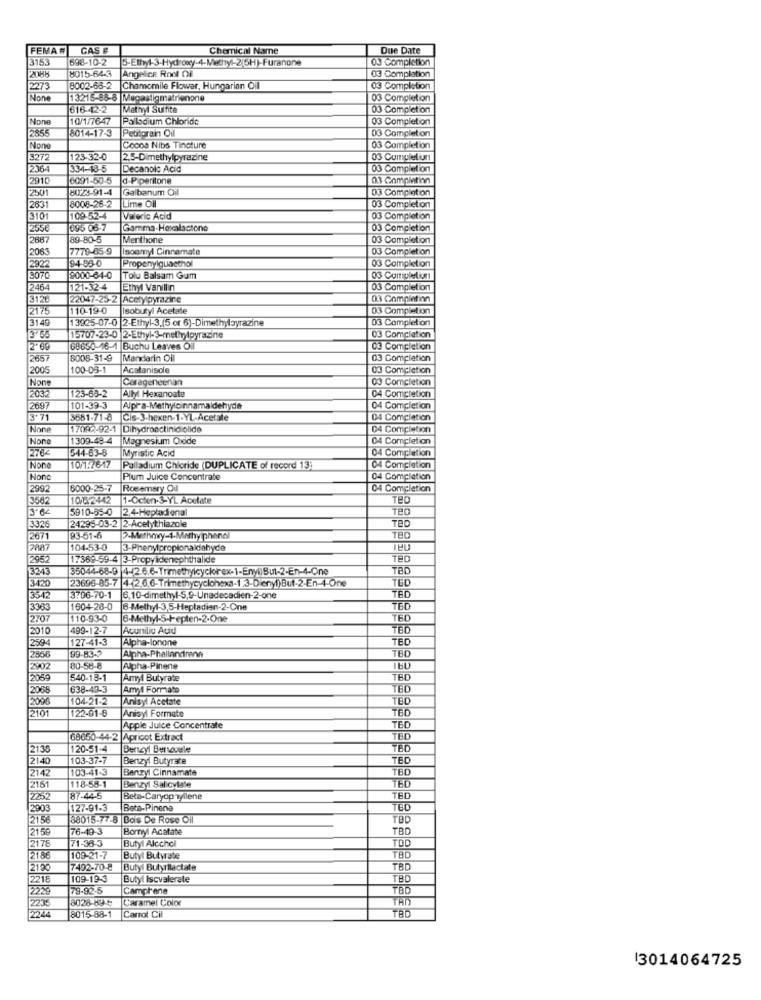
FEMA #
CAS #
Chemical Name
Due Date
3753
698-10-2
03 Completion
8015-64-3
2088
Angelice Rool Ci
03 Completion
273
8002-68-2
Chamomile Flower, Hungarian Oil
03 Completion
13215-88-8 Megastigmatrienone
03 Completion
616-42-2
Methyl Sulfite
03 Completion
10/1/7647
Palladium Chloride
03 Completion
8014-17-3
Petitgrain Oil
03 Completion
2856
Cocos Nibs Tincture
03 Completion
3272
123-32-0
2.5-Dimethylpyrazine
03 Cumuleliun
2364
334-18-5
Decanoic Acid
1ª
291C
6091-50-5
d-Piperitone
03 Completinn
2501
8UZ3-91-4
Galbanum Oil
03 Completion
8008-26-2
Lime Oil
2631
03 Completion
3101
109-52-4
Valeric Acid
03 Completion
12556
695 06-7
Gamma-Hexalactone
03 Completion
2887
89-80-5
Menthone
03 Completion
2063
7779-85-9
Isoemyl Cinnamate
03 Completion
94-95-0
Propenylquasthol
03 Completion
2922
3070
9000-64-0
Tolu Balsam Gum
03 Cumuleliun
2464
121-32-4
Ethyl Vanillin
03 Completion
3126
22047-25-2 Acetypyrazine
03 Completion
2175
110-19-0
Isobutyl Acetate
03 Completion
3149
13925-07-0 2-Ethyl-3,(5 or 6)-Dimethylbyrazine
03 Completion
13 65
15707-23-0 2-Ethyl-3-methylpyrazine
03 Completion
2-69
68650-16-1|Buchu Leaves Of
03 Completion
2657
8008-31-9
Mandarin Oil
03 Completion
2005
100-05-1
Acetaniscle
03 Completion
Carageneenan
03 Completion
123-65-2
2032
Ally Hexanoate
04 Completion
2697
101-39-3
Alpha-Methylcinnamaldehyde
04 Completion
3.71
3681-71-8
Cis-3-hexen-1-YL-Acetale
04 Completion
17092-92-1 Dihydroactinic olide
04 Completion
Non
1309-48-4 Magnesium Oxide
04 Completion
2762
544-63-8
Myristic Acid
04 Completion
TOM:7 647
Palladium Chicride (DUPLICATE of record 13)
04 Completion
Non
Plum Juice Concentrate
04 Completion
2992
6000-25-7
Rosmary Oil
04 Completion
3582
10/04/2442
1-Ocien-3-YL Acetate
TED
5910-55-0 2.4-Hepladienal
Teo
24295-03-2 |2-Acetythiazole
TED
2671
93-51-6
TEO
7887
104-53-0
3-Phenylpropionaldehyde
THU
2952
17369-59-4 |3-Propylidenephthalide
TED
3243
35044-68-9 |4-26.6-Trimethylcyclorex-1-Enyi)But-2-En-4-One
TBD
3420
23695-85-7 42.6.6-Trimethycyclohexa-1.3-Dienyt)But-2-En-4-One
TED
3542
3:06-70-1
6,10-dimethyl-5,9-Unadecadien-2-one
TED
3383
1604-28-0
8-Methyl-3,5-Heptadian-2-One
TED
2707
110-93-0
3-Methyl-S-Hepten-2.One
TED
2010
499-12-7
Acunilic Acid
TED
2594
127-41-3
Alpha-lonone
TED
99-83-2
2856
TBD
ZV02
80-58-8
Alpha-Pinene
2069
540-15-1
Amyl Butyrate
TED
2068
638-49-3
Amy1 Formato
TBD
2006
104-21-2
Anisyl Acetate
TED
2101
122-01-8
Anisyl Formate
TED
Apple Juice Concentrate
TED
68650-44-2 Apricot Extract
TED
2138
120-51-4
Berteyl Bereuele
TBD
2140
103-37-7
Benzyl Butyrate
TED
2142
103-41-3
Benzyl Cinnamate
TED
Benzyl Salicylate
2151
118-58-1
TED
2252
87-44-5
Beta-Caryopyllene
TED
2003
127-91-3
Beta-Pinena
TED
2156
58015-77-8 Bois De Rose Oil
TOD
2159
76-49-3
Bornyl Acetate
TBD
71-38-3
Butyl Alcohol
2176
TOD
2186
109-21-7
Butyl Butyrate
TBD
2190
7492-70-8
Butyl Butyrilactate
TBD
2215
109-19-3
Butyl Iscvalerate
TBD
2229
79-92-5
Camprene
12235
3028-894
Caramel Color
2244
8015-88-1
Carrot Cil
13014064725